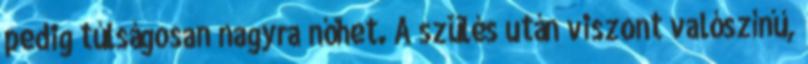
pedig túlságosan nagyra nőhet. A szülés után viszont valószínű,